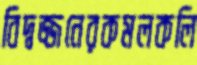
বিদ্বজ্জনেরকমলকলি